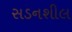
સડનશીલ